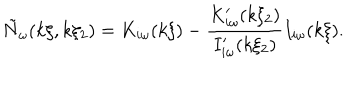
\tilde { N } _ { \omega } ( k \xi , k \xi _ { 2 } ) = K _ { i \omega } ( k \xi ) - \frac { K _ { i \omega } ^ { \prime } ( k \xi _ { 2 } ) } { I _ { i \omega } ^ { \prime } ( k \xi _ { 2 } ) } I _ { i \omega } ( k \xi ) .